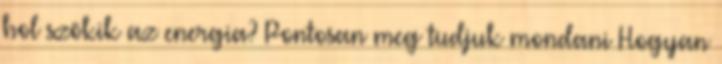
hol szökik az energia? Pontosan meg tudjuk mondani Hogyan